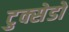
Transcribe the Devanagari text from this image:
टुक्सेडो